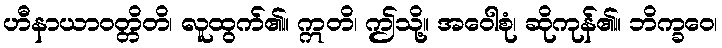
ဟီနာယာဝတ္တိတိ၊ လူထွက်၏။ ဣတိ၊ ဤသို့။ အဝေါစုံ၊ ဆိုကုန်၏။ ဘိက္ခဝေ၊